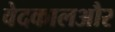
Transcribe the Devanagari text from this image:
वेदकालऔर